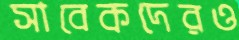
সাবেকদেরও